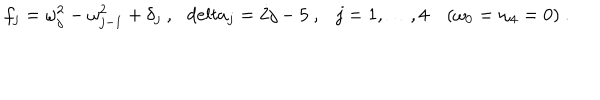
f _ { j } = \omega _ { j } ^ { 2 } - \omega _ { j - 1 } ^ { 2 } + \delta _ { j } \ , \ \ \, d e l t a _ { j } = 2 j - 5 \ , \ \ \ j = 1 , \ldots , 4 ( \omega _ { 0 } = \omega _ { 4 } = 0 ) \ .